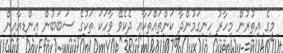
މީގެ އިތުރުން މިހާރު ހިނގަމުންދާ ކަންތައްތަކާއި ދެކެވޭ ވާހަކަ ތަކުގެ ސަބަބުން އިންޑިއާއިން